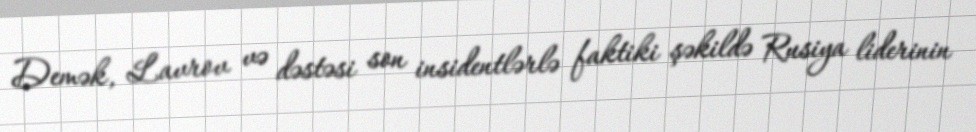
Demək, Lavrov və dəstəsi son insidentlərlə faktiki şəkildə Rusiya liderinin